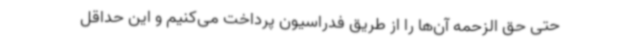
حتی حق الزحمه آن‌ها را از طریق فدراسیون پرداخت می‌کنیم و این حداقل